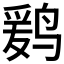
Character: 𱊒